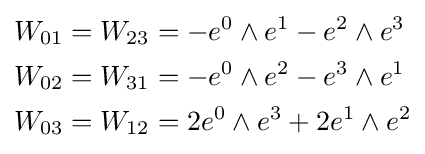
{\begin{aligned}W_{01}&=W_{23}=-e^{0}\wedge e^{1}-e^{2}\wedge e^{3}\\W_{02}&=W_{31}=-e^{0}\wedge e^{2}-e^{3}\wedge e^{1}\\W_{03}&=W_{12}=2e^{0}\wedge e^{3}+2e^{1}\wedge e^{2}\end{aligned}}